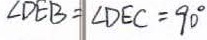
\angle D E B = \angle D E C = 9 0 ^ { \circ }